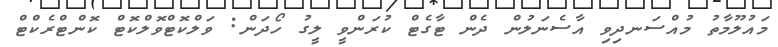
މައުލޫމާތު މުއްސަނދިވި އާސެނަލުން ދެން ޓާގެޓް ކުރަންވީ ލީގު ހޯދަން: ވަލްކޮޓްވޮލްކޮޓް ކޮންޓްރެކްޓް